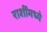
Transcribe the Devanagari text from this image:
राशींमध्ये